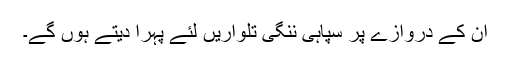
ان کے دروازے پر سپاہی ننگی تلواریں لئے پہرا دیتے ہوں گے۔